Annual administration and progress report of the Indian Medical Department, Bombay
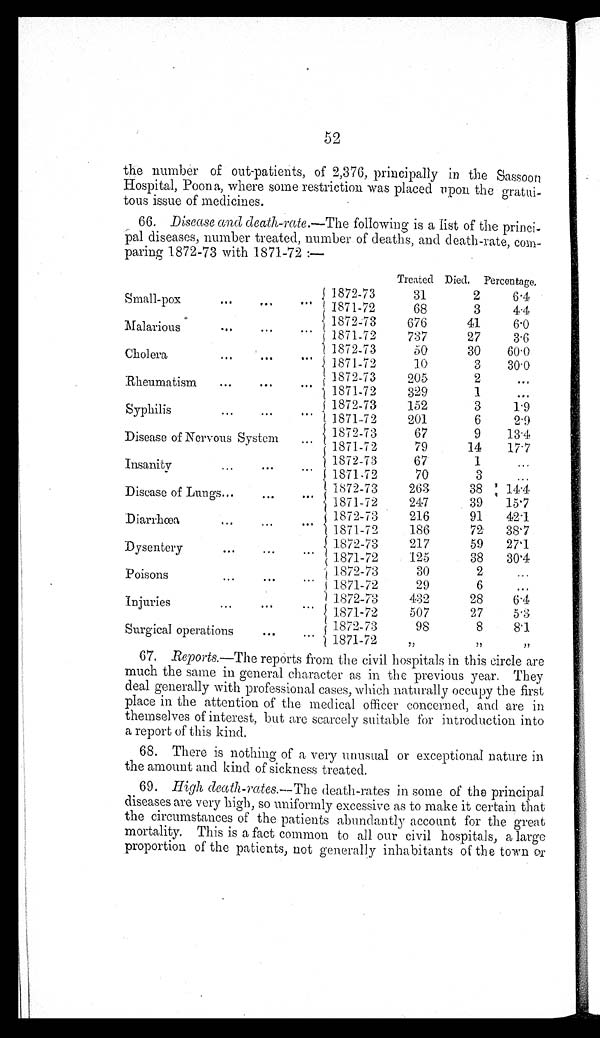
52
the number of out-patients, of 2,376, principally in the Sassoon
Hospital, Poona, where some restriction was placed upon the gratui
-
tous issue of medicines.
66. Disease and
death-rate.— The following is a list of the princi
-
pal diseases, number treated, number of deaths, and death-rate, co
m-
paring 1872-73 with 1871-72 :—
Treated. Died.
Percentage.
Small-pox . . .
1872-73
31
2
6.4
1871-72
68
3
4.4
Malarious . . .
1872-73
676
41
6.0
1871-72
737
27
3.6
Ch o l e r a . . . 1872-73
50
30
60.0
1871-72
10
3
30.0
Rheumatism . . .
1872-73
205
2
1871-72
329
1
Syphilis . . .
1872-73
152
3
1.9
1871-72
201
6
2.9
Disease of Nervous System . . .
1872-73
67
9
13.4
1871-72
79
14
17.7
Insanity . . .
1872-73
67
1
1871-72
70
3
Disease of Lungs . . .
1872-73
263
38
1871-72
247
39
15.7
Diarrhœa . . .
1872-73
216
91
42.1
1871-72
186
72
38.7
Dysentery . . .
1872-73
217
59
27.1
1871-72
125
38
30.4
Poi sons . . .
1872-73
30
2
1871-72
29
6
I n j u r i e s . . .
1872-73
432
28
6.4
1871-72
507
27
5.3
Surgical operations . . .
1872-73
98
8
8
1871-72
67. Reports.— The reports from the civil hospitals in this circle are
much the same in general character as in the previous year. They
deal generally with professional cases, which naturally occupy the first
place in the attention of the medical officer concerned, and are in
themselves of interest, but are scarcely suitable for introduction into
a report of this kind.
68. There is nothing of a very unusual or exceptional nature in
the amount and kind of sickness treated.
69. High death-rates.— The death-rates in some of the principal
diseases are very high, so uniformly excessive as to make it certain that
the circumstances of the patients abundantly account for the great
mortality. This is a fact common to all our civil hospitals, a large
proportion of the patients, not generally inhabitants of the town or